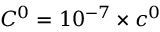
C ^ { 0 } = 1 0 ^ { - 7 } \times c ^ { 0 }